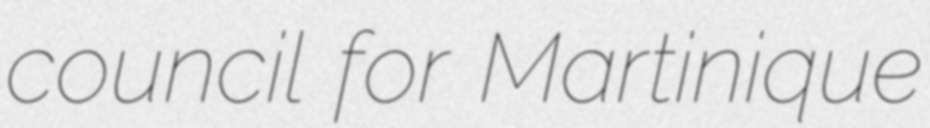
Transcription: council for Martinique